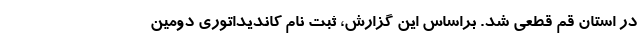
در استان قم قطعی شد. براساس این گزارش، ثبت نام کاندیداتوری دومین